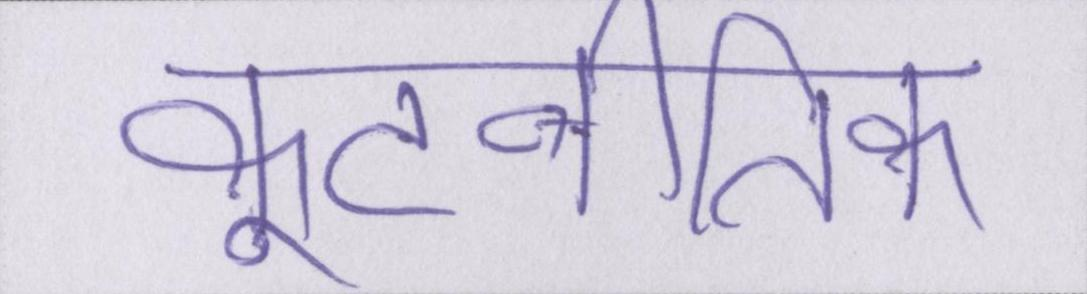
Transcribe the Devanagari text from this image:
कूटनीतिक